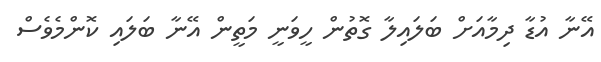
އޭނާ އުޑާ ދިމާއަށް ބަލައިލާ ގޮތުން ހީވަނީ މަތީން އޭނާ ބަލައި ކޮންމެވެސް